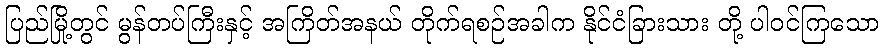
ပြည်မြို့တွင် မွန်တပ်ကြီးနှင့် အကြိတ်အနယ် တိုက်ရစဉ်အခါက နိုင်ငံခြားသား တို့ ပါဝင်ကြသော